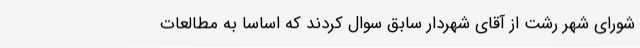
شورای شهر رشت از آقای شهردار سابق سوال کردند که اساساً به مطالعات